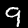
Label: 9